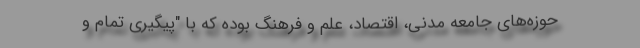
حوزه‌های جامعه مدنی، اقتصاد، علم و فرهنگ بوده که با "پیگیری تمام و